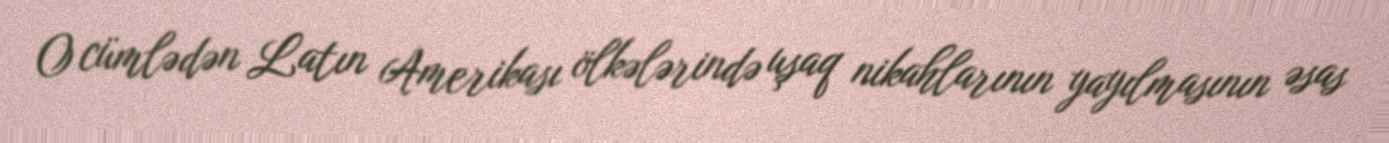
O cümlədən Latın Amerikası ölkələrində uşaq nikahlarının yayılmasının əsas